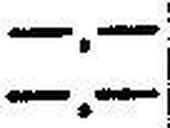
—.—